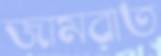
জামরাত